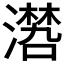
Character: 𣿏